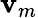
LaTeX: \mathbf{v}_{m}